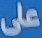
على